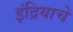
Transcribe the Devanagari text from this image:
इंद्रियाचे